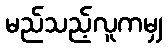
မည်သည့်လူကမျှ